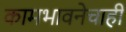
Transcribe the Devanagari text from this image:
कामभावनेचाही